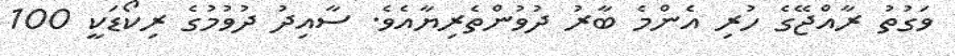
ވަގުތު ރާއްޖޭގެ ހުރި އެންމެ ބާރު ދުވުންތެރިޔާއެވެ. ސާއިދު ދުވުމުގެ ރިކޯޑަކީ 100